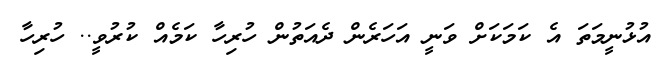
އުުޅުނީމަތަ އެ ކަމަކަށް ވަނީ އަހަރެން ދެއަތުން ހުރިހާ ކަމެއް ކުރުވީ.. ހުރިހާ